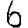
Digit: 6